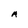
Character: A